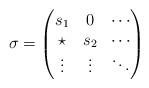
LaTeX: \begin{align*}\sigma=\begin{pmatrix}s_{1} & 0 & \cdots\\\star & s_{2} & \cdots\\\vdots & \vdots & \ddots\end{pmatrix}\end{align*}